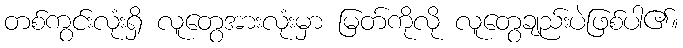
တစ်ကွင်းလုံးရှိ လူတွေအားလုံးမှာ မြတ်ကိုလို လူတွေချည်းပဲဖြစ်ပါ၏။